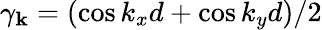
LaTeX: \gamma_{\mathbf k}=(\cos k_{x}d+\cos k_{y}d)/2